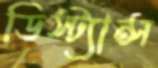
ডিস্ট্যান্স